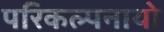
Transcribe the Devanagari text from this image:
परिकल्पनायो